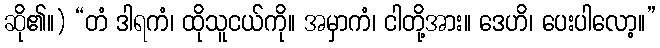
ဆို၏။) “တံ ဒါရကံ၊ ထိုသူငယ်ကို။ အမှာကံ၊ ငါတို့အား။ ဒေဟိ၊ ပေးပါလော့။”